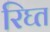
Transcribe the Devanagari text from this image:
रिघ्त